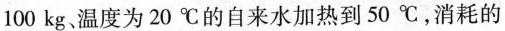
100kg温度为20℃的自来水加热到50℃，消耗的